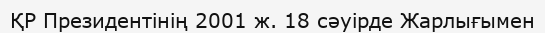
ҚР Президентінің 2001 ж. 18 сәуірде Жарлығымен